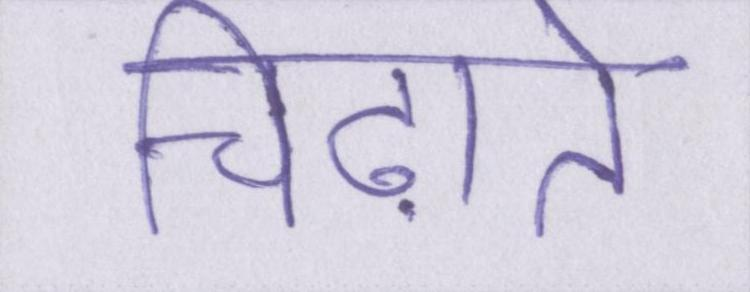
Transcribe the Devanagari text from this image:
चिढ़ाते